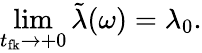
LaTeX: \operatorname*{lim}_{t_{\mathrm{fk}}\rightarrow+0}\tilde{\lambda}(\omega)=\lambda_{0}.